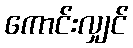
ကောင်းလျှင်